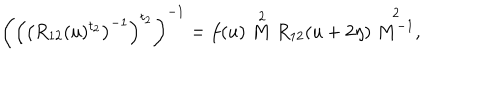
\left( \left( \left( R _ { 1 2 } ( u ) ^ { t _ { 2 } } \right) ^ { - 1 } \right) ^ { t _ { 2 } } \right) ^ { - 1 } = f ( u ) \stackrel { 2 } { M } R _ { 1 2 } ( u + 2 \eta ) \stackrel { 2 } { M ^ { - 1 } } ,